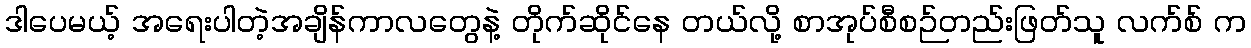
ဒါပေမယ့် အရေးပါတဲ့အချိန်ကာလတွေနဲ့ တိုက်ဆိုင်နေ တယ်လို့ စာအုပ်စီစဉ်တည်းဖြတ်သူ လက်စ် က